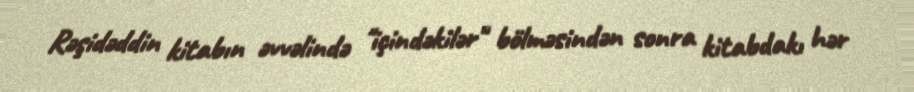
Rəşidəddin kitabın əvvəlində "içindəkilər" bölməsindən sonra kitabdakı hər